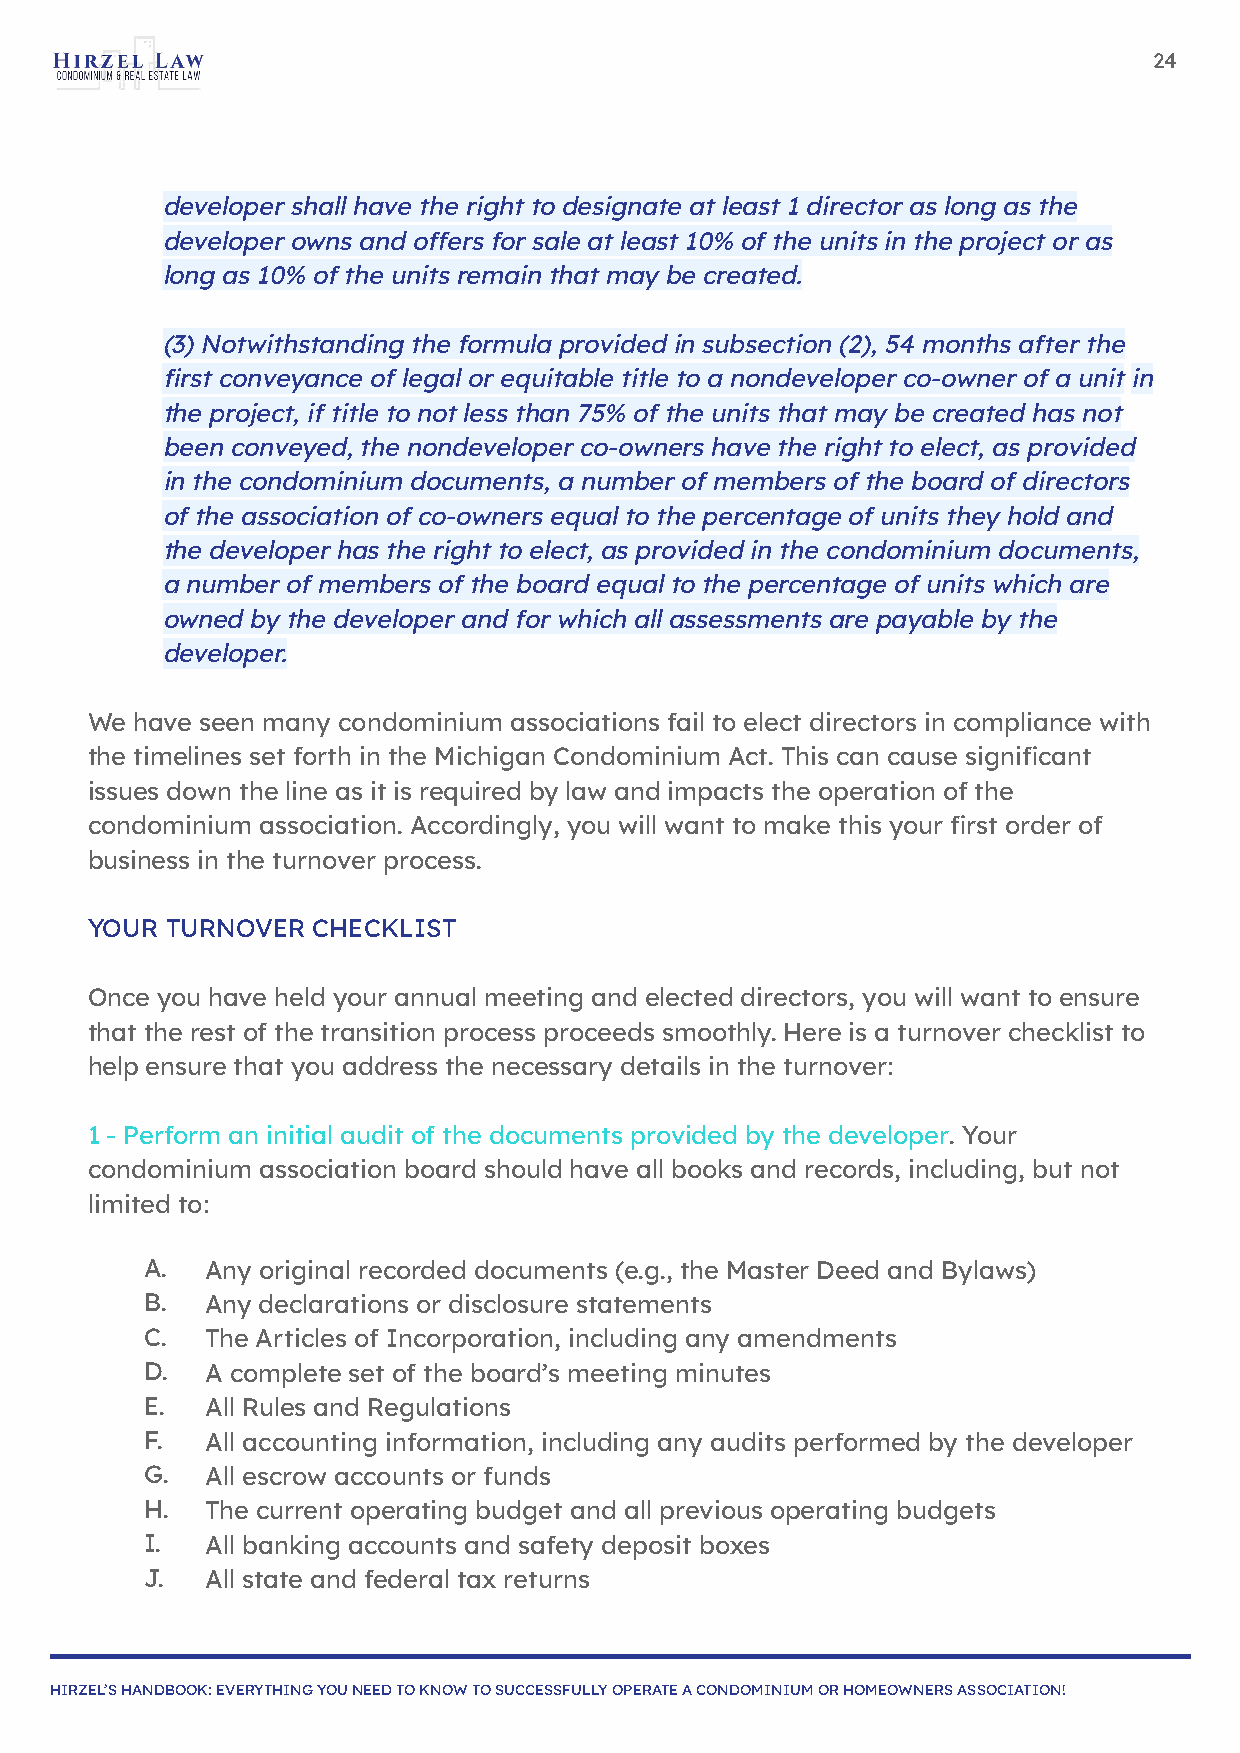
24
 developer shall have the right to designate at least 1 director as long as the
 developer owns and offers for sale at least 10% of the units in the project or as
 long as 10% of the units remain that may be created.
 (3) Notwithstanding the formula provided in subsection (2), 54 months after the
 first conveyance of legal or equitable title to a nondeveloper co-owner of a unit in
 the project, if title to not less than 75% of the units that may be created has not
 been conveyed, the nondeveloper co-owners have the right to elect, as provided
 in the condominium documents, a number of members of the board of directors
 of the association of co-owners equal to the percentage of units they hold and
 the developer has the right to elect, as provided in the condominium documents,
 a number of members of the board equal to the percentage of units which are
 owned by the developer and for which all assessments are payable by the
 developer.
 We have seen many condominium associations fail to elect directors in compliance with
 the timelines set forth in the Michigan Condominium Act. This can cause significant
 issues down the line as it is required by law and impacts the operation of the
 condominium association. Accordingly, you will want to make this your first order of
 business in the turnover process.
 YOUR TURNOVER  CHECKLIST
 Once you have held your annual meeting and elected directors, you will want to ensure
 that the rest of the transition process proceeds smoothly. Here is a turnover checklist to
 help ensure that you address the necessary details in the turnover:
 1 - Perform an initial audit of the documents provided by the developer. Your
 condominium association board should have all books and records, including, but not
 limited to:
 A.   Any original recorded documents (e.g., the Master Deed and Bylaws)
 B.   Any declarations or disclosure statements
 C.   The Articles of Incorporation, including any amendments
 D.   A complete set of the board’s meeting minutes
 E.   All Rules and Regulations
 F.   All accounting information, including any audits performed by the developer
 G.   All escrow accounts or funds
 H.   The current operating budget and all previous operating budgets
 I.   All banking accounts and safety deposit boxes
 J.   All state and federal tax returns
 HIRZEL’S HANDBOOK: EVERYTHING YOU NEED TO KNOW TO SUCCESSFULLY OPERATE A CONDOMINIUM OR HOMEOWNERS ASSOCIATION!